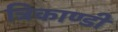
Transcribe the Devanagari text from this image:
त्रिकाण्डी